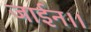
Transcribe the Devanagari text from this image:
जाईन।।